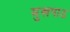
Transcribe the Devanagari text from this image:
मुखपाठ